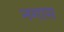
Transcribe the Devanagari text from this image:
नगास